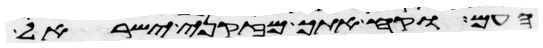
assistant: העם וקח אתך מזקני ישראל